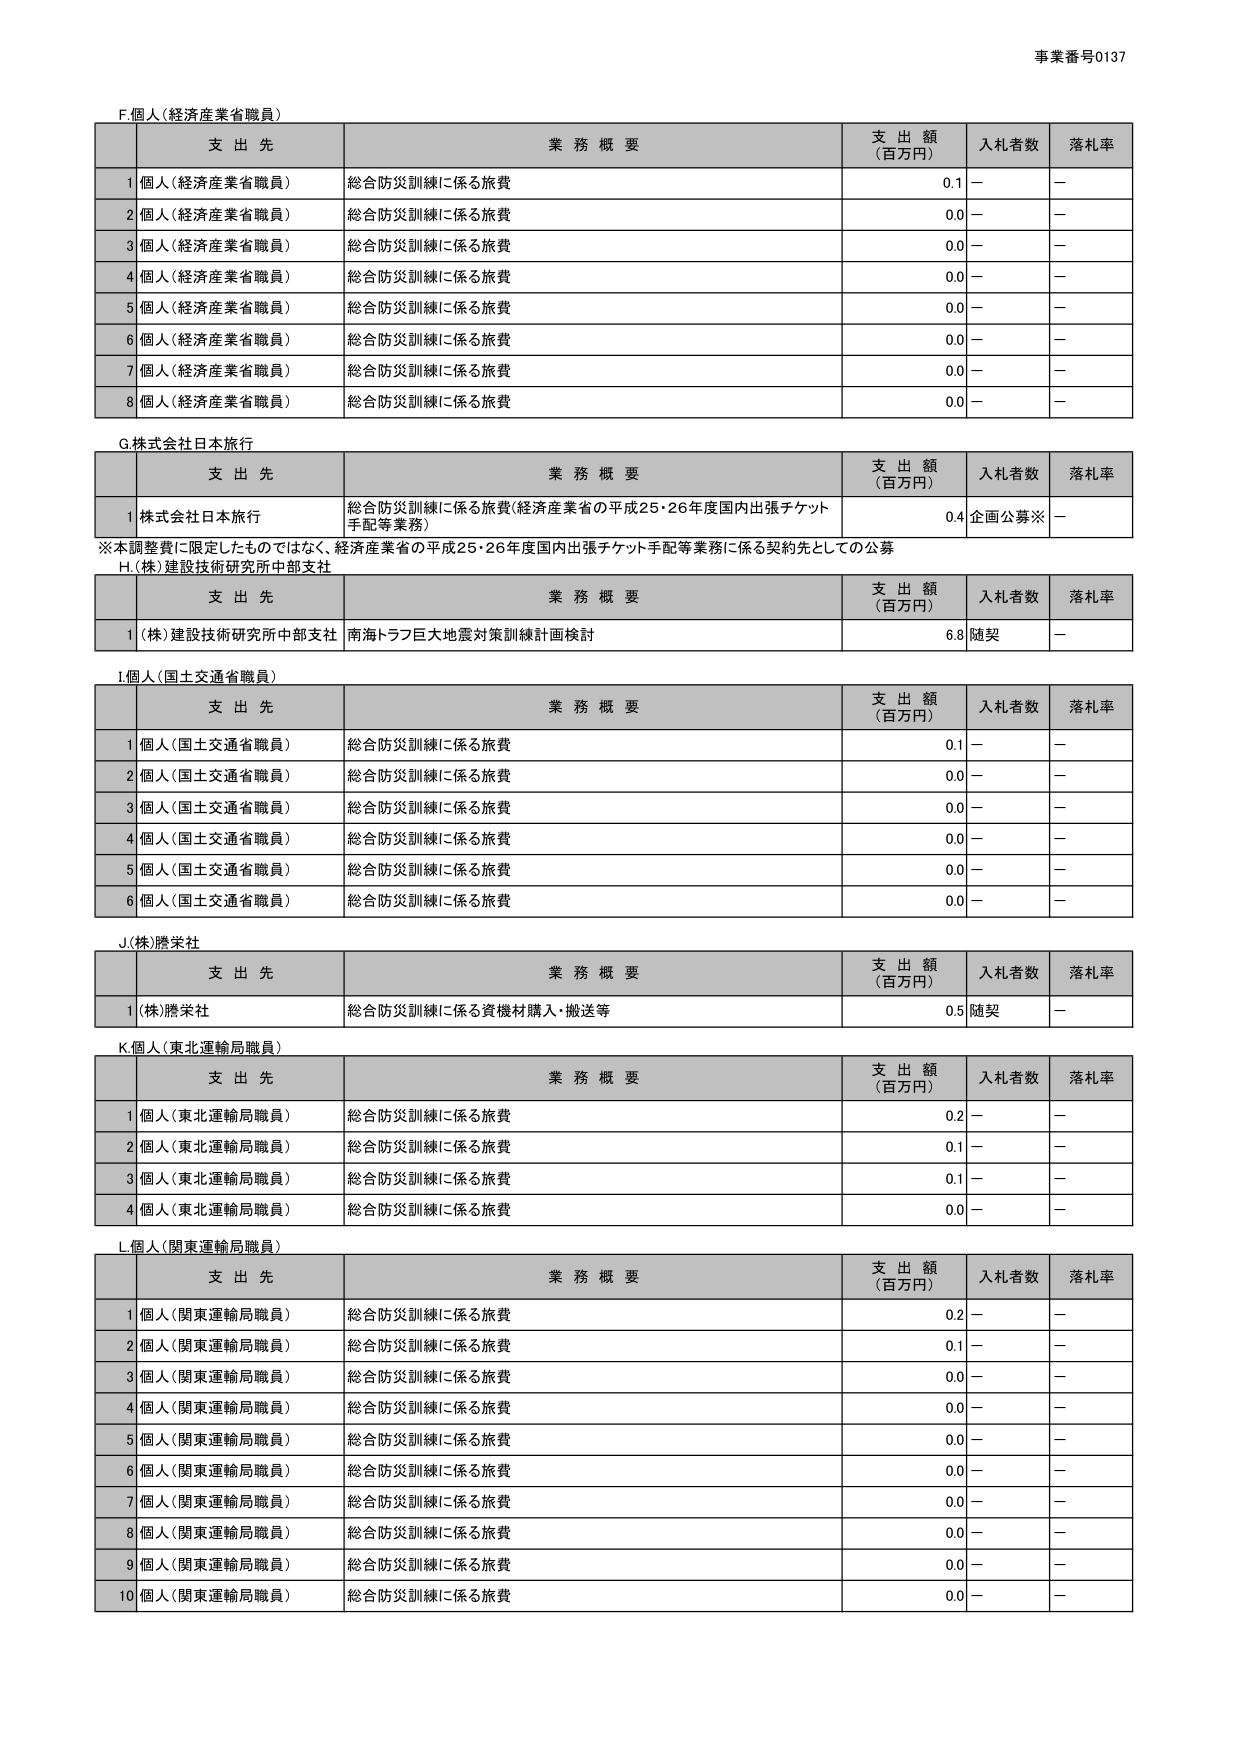
事業番号0137

F.個人（経済産業省職員）
支 出 先 業 務 概 要 支 出 額 （百万円） 入札者数 落札率
1 個人（経済産業省職員） 総合防災訓練に係る旅費 0.1 － －
2 個人（経済産業省職員） 総合防災訓練に係る旅費 0.0 － －
3 個人（経済産業省職員） 総合防災訓練に係る旅費 0.0 － －
4 個人（経済産業省職員） 総合防災訓練に係る旅費 0.0 － －
5 個人（経済産業省職員） 総合防災訓練に係る旅費 0.0 － －
6 個人（経済産業省職員） 総合防災訓練に係る旅費 0.0 － －
7 個人（経済産業省職員） 総合防災訓練に係る旅費 0.0 － －
8 個人（経済産業省職員） 総合防災訓練に係る旅費 0.0 － －

G.株式会社日本旅行
支 出 先 業 務 概 要 支 出 額 （百万円） 入札者数 落札率
1 株式会社日本旅行 総合防災訓練に係る旅費（経済産業省の平成25・26年度国内出張チケット手配等業務） 0.4 企画公募※ －
※本調整費に限定したものではなく、経済産業省の平成25・26年度国内出張チケット手配等業務に係る契約先としての公募

H.（株）建設技術研究所中部支社
支 出 先 業 務 概 要 支 出 額 （百万円） 入札者数 落札率
1 （株）建設技術研究所中部支社 南海トラフ巨大地震対策訓練計画検討 6.8 随契 －

I.個人（国土交通省職員）
支 出 先 業 務 概 要 支 出 額 （百万円） 入札者数 落札率
1 個人（国土交通省職員） 総合防災訓練に係る旅費 0.1 － －
2 個人（国土交通省職員） 総合防災訓練に係る旅費 0.0 － －
3 個人（国土交通省職員） 総合防災訓練に係る旅費 0.0 － －
4 個人（国土交通省職員） 総合防災訓練に係る旅費 0.0 － －
5 個人（国土交通省職員） 総合防災訓練に係る旅費 0.0 － －
6 個人（国土交通省職員） 総合防災訓練に係る旅費 0.0 － －

J.（株）勝栄社
支 出 先 業 務 概 要 支 出 額 （百万円） 入札者数 落札率
1 （株）勝栄社 総合防災訓練に係る資機材購入・搬送等 0.5 随契 －

K.個人（東北運輸局職員）
支 出 先 業 務 概 要 支 出 額 （百万円） 入札者数 落札率
1 個人（東北運輸局職員） 総合防災訓練に係る旅費 0.2 － －
2 個人（東北運輸局職員） 総合防災訓練に係る旅費 0.1 － －
3 個人（東北運輸局職員） 総合防災訓練に係る旅費 0.1 － －
4 個人（東北運輸局職員） 総合防災訓練に係る旅費 0.0 － －

L.個人（関東運輸局職員）
支 出 先 業 務 概 要 支 出 額 （百万円） 入札者数 落札率
1 個人（関東運輸局職員） 総合防災訓練に係る旅費 0.2 － －
2 個人（関東運輸局職員） 総合防災訓練に係る旅費 0.1 － －
3 個人（関東運輸局職員） 総合防災訓練に係る旅費 0.0 － －
4 個人（関東運輸局職員） 総合防災訓練に係る旅費 0.0 － －
5 個人（関東運輸局職員） 総合防災訓練に係る旅費 0.0 － －
6 個人（関東運輸局職員） 総合防災訓練に係る旅費 0.0 － －
7 個人（関東運輸局職員） 総合防災訓練に係る旅費 0.0 － －
8 個人（関東運輸局職員） 総合防災訓練に係る旅費 0.0 － －
9 個人（関東運輸局職員） 総合防災訓練に係る旅費 0.0 － －
10 個人（関東運輸局職員） 総合防災訓練に係る旅費 0.0 － －